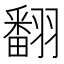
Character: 翻